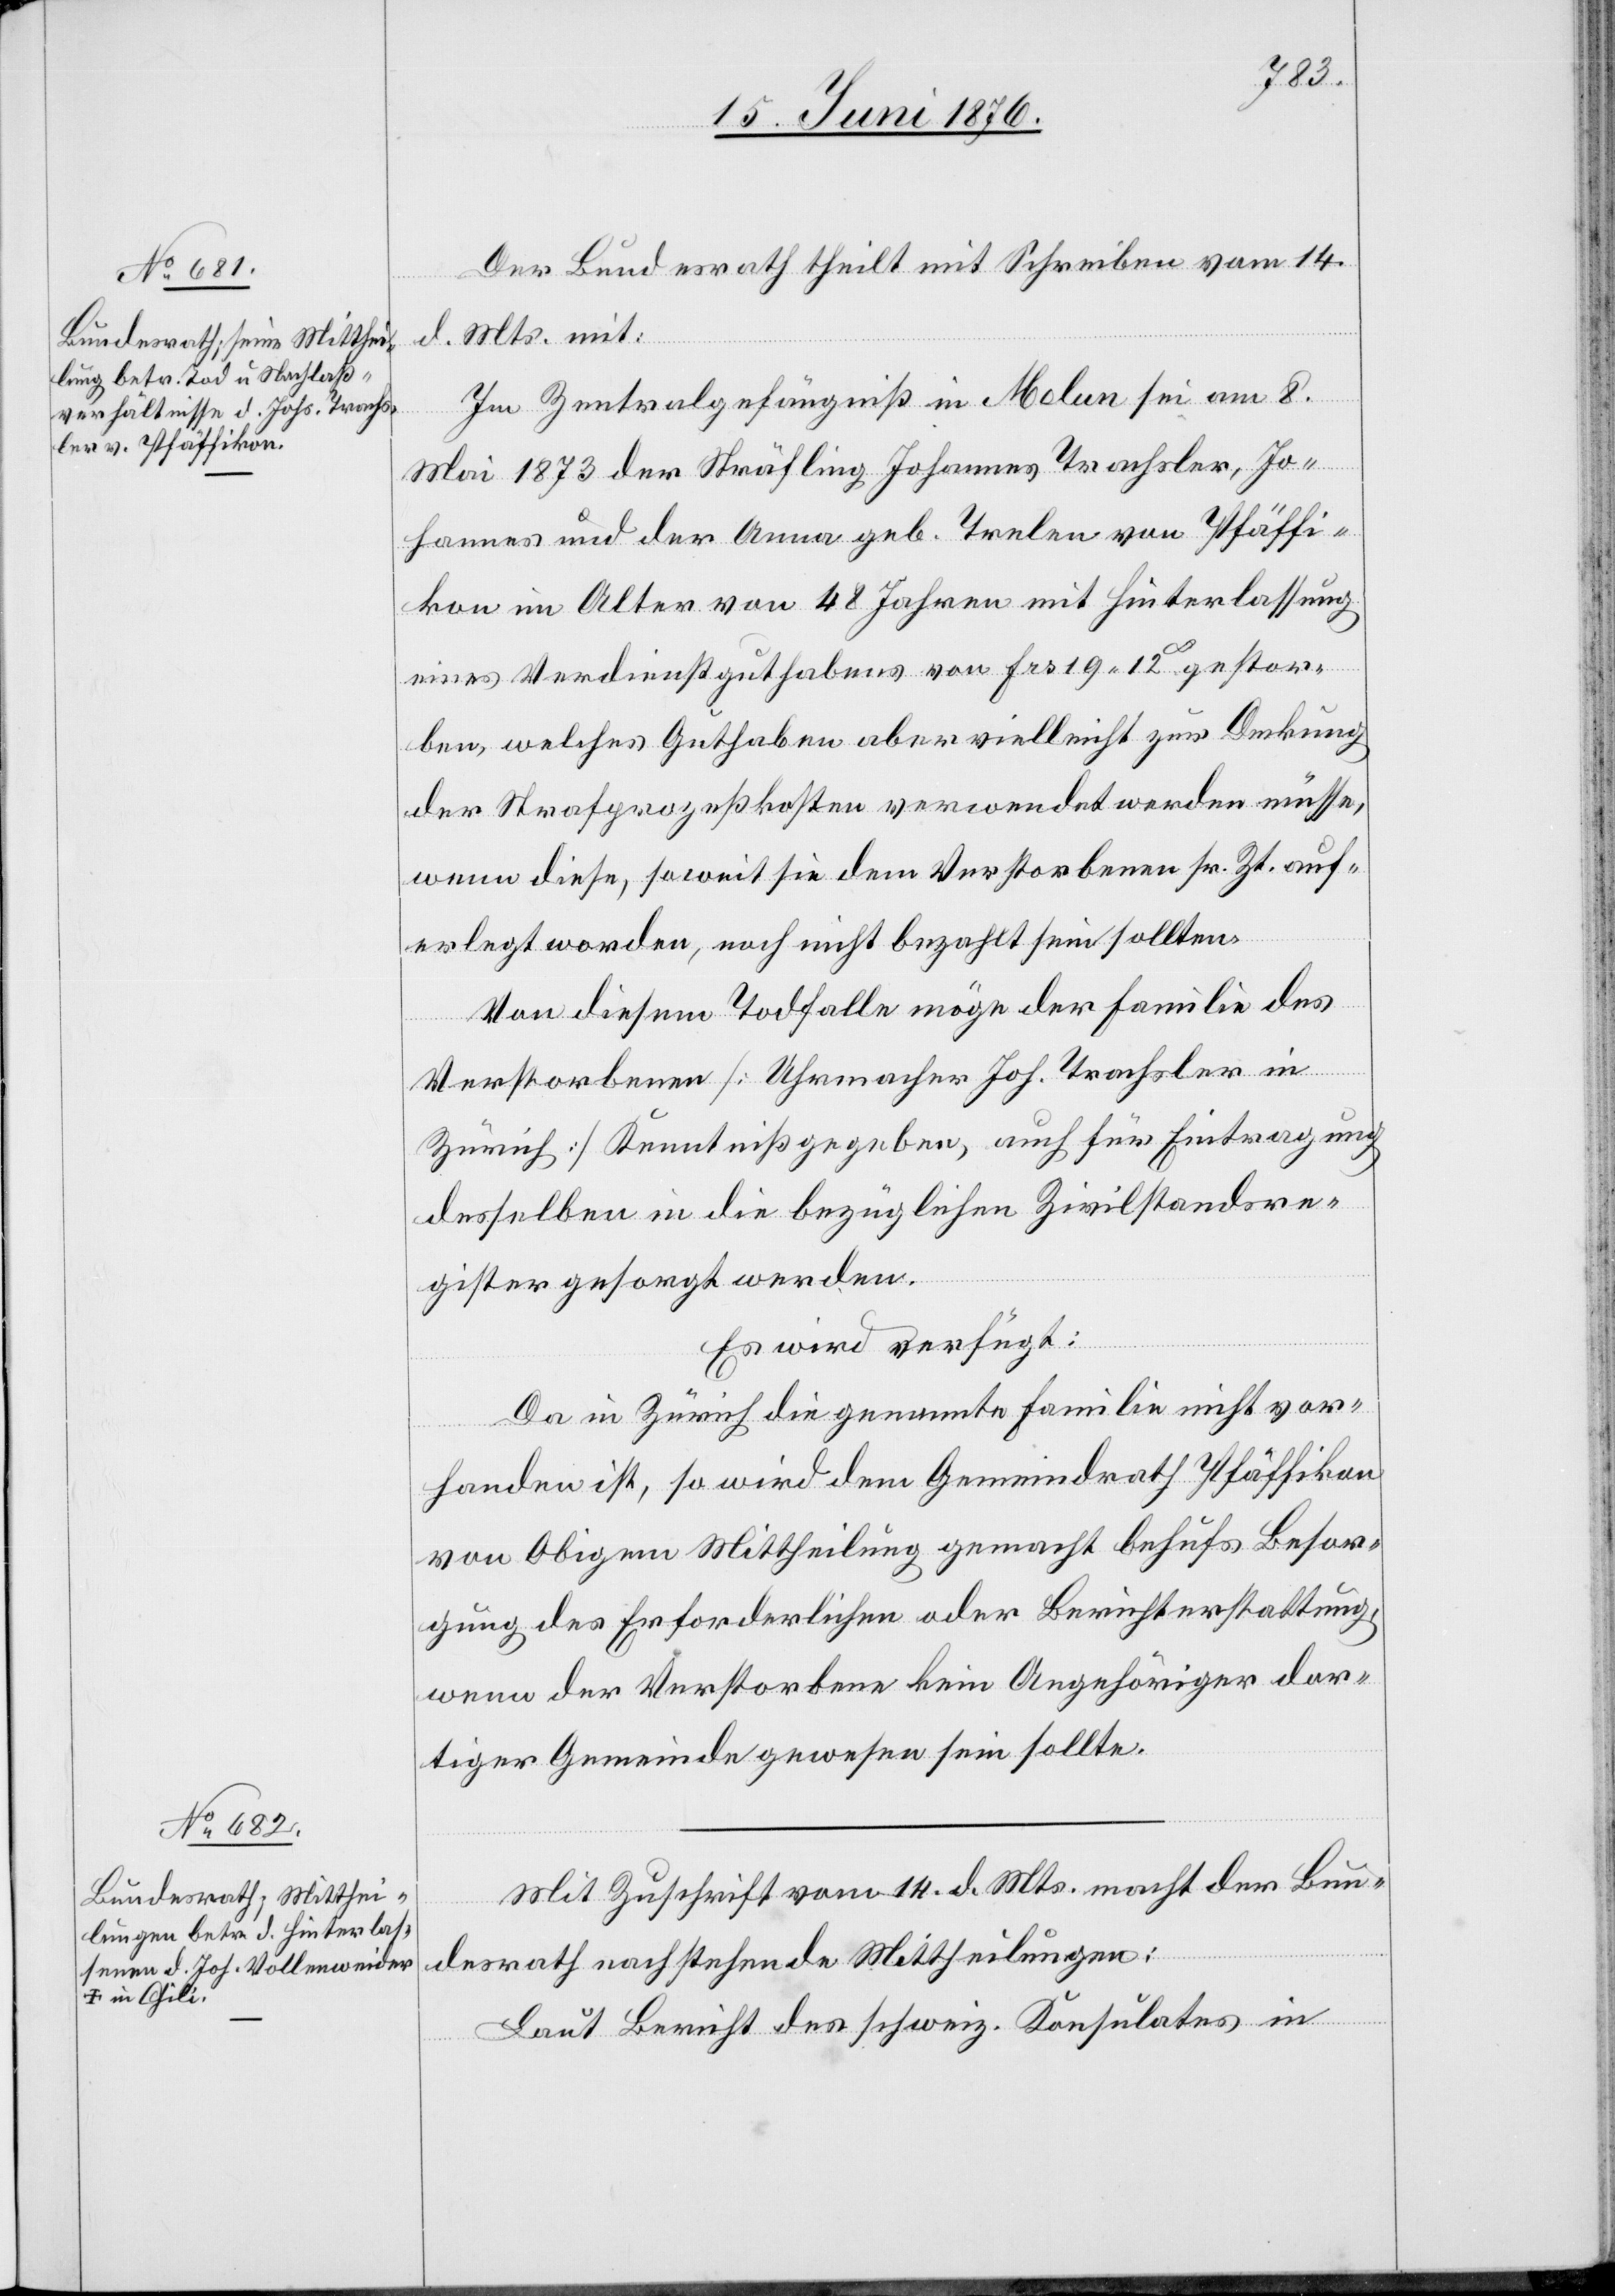
16. Juni 1876.]
Der Bundesrath theilt mit Schreiben vom 14.
d. Mts. mit:
Im Zentralgefängniß in Melun sei am 8.
Mai 1873 der Sträfling Johannes Trachsler, Jo¬
hannes und der Anna geb. Trelen von Pfäffi¬
kon im Alter von 48 Jahren mit Hinterlassung
eines Verdienstguthabens vom Frs 19 12cts gestor¬
ben, welches Guthaben aber vielleicht zur Deckung
der Strafprozeßkosten verwendet werden müsse,
wenn diese, soweit sie dem Verstorbenen sr. Zt. auf¬
erlegt worden, noch nicht bezahlt sein sollten.
Von diesem Todfalle möge der Familie des
Verstorbenen [Uhrmacher Joh. Trachsler in
Zürich] Kenntniß gegeben, auch für Eintragung
desselben in die bezüglichen Zivilstandsre¬
gister gesorgt werden.
Es wird verfügt:
Da in Zürich die genannte Familie nicht vor¬
handen ist, so wird dem Gemeindrath Pfäffikon
von Obigem Mittheilung gemacht behufs Besor¬
gung des Erforderlichen oder Berichterstattung,
wenn der Verstorbene kein Angehöriger dor¬
tiger Gemeinde gewesen sein sollte.
Mit Zuschrift vom 14. d. Mts. mach der Bun¬
desrath nachstehende Mittheilungen:
Laut Bericht des schweiz. Konsulates in